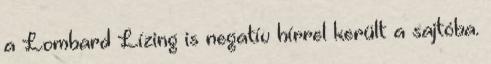
a Lombard Lízing is negatív hírrel került a sajtóba.